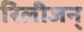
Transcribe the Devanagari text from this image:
रिलीजन्